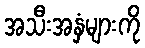
အသီးအနှံများကို